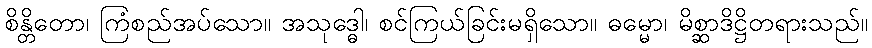
စိန္တိတော၊ ကြံစည်အပ်သော။ အသုဒ္ဓေါ၊ စင်ကြယ်ခြင်းမရှိသော။ ဓမ္မော၊ မိစ္ဆာဒိဋ္ဌိတရားသည်။